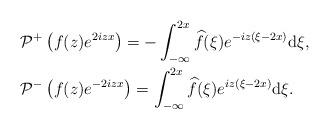
LaTeX: \begin{align*}&\mathcal{P}^+\left(f(z) e^{2iz x}\right) =-\int_{-\infty}^{2x}\widehat{f}(\xi)e^{-iz(\xi-2x ) }\mathrm{d}\xi,\\&\mathcal{P}^-\left(f(z) e^{-2iz x}\right) =\int_{-\infty}^{ 2x} \widehat{f}(\xi)e^{ iz(\xi-2x ) }\mathrm{d}\xi.\end{align*}